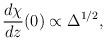
LaTeX: \begin{align*}\frac{d\chi}{dz}(0) \propto \Delta^{1/2},\end{align*}